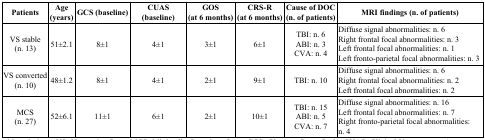
<table><thead><tr><td><b>Patients</b></td><td><b>Age(years)</b></td><td><b>GCS (baseline)</b></td><td><b>CUAS (baseline)</b></td><td><b>GOS(at 6 months)</b></td><td><b>CRS-R(at 6 months)</b></td><td><b>Cause of DOC(n. of patients)</b></td><td><b>MRI findings (n. of patients)</b></td></tr></thead><tbody><tr><td>VS stable(n. 13)</td><td>51±2.1</td><td>8±1</td><td>4±1</td><td>3±1</td><td>6±1</td><td>TBI: n. 6ABI: n. 3CVA: n. 4</td><td>Diffuse signal abnormalities: n. 6Right frontal focal abnormalities: n. 3Left frontal focal abnormalities: n. 1Left fronto-parietal focal abnormalities: n. 3</td></tr><tr><td>VS converted(n. 10)</td><td>48±1.2</td><td>8±1</td><td>4±1</td><td>2±1</td><td>9±1</td><td>TBI: n. 10</td><td>Diffuse signal abnormalities: n. 6Right frontal focal abnormalities: n. 2Left frontal focal abnormalities: n. 2</td></tr><tr><td>MCS(n. 27)</td><td>52±6.1</td><td>11±1</td><td>6±1</td><td>2±1</td><td>10±1</td><td>TBI: n. 15ABI: n. 5CVA: n. 7</td><td>Diffuse signal abnormalities: n. 16Left frontal focal abnormalities: n. 7Right fronto-parietal focal abnormalities: n. 4</td></tr></tbody></table>